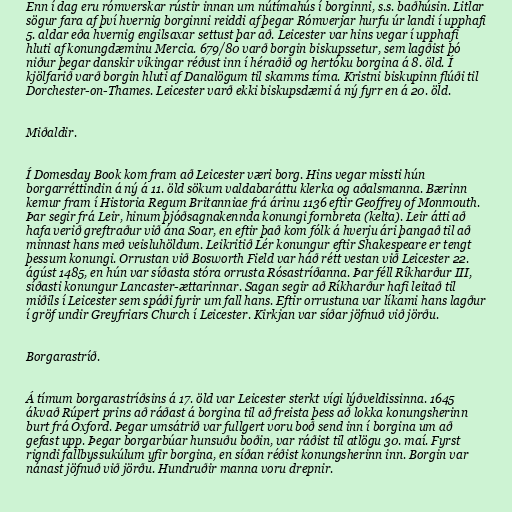
Enn í dag eru rómverskar rústir innan um nútímahús í borginni, s.s. baðhúsin. Litlar
sögur fara af því hvernig borginni reiddi af þegar Rómverjar hurfu úr landi í upphafi
5. aldar eða hvernig engilsaxar settust þar að. Leicester var hins vegar í upphafi
hluti af konungdæminu Mercia. 679/80 varð borgin biskupssetur, sem lagðist þó
niður þegar danskir víkingar réðust inn í héraðið og hertóku borgina á 8. öld. Í
kjölfarið varð borgin hluti af Danalögum til skamms tíma. Kristni biskupinn flúði til
Dorchester-on-Thames. Leicester varð ekki biskupsdæmi á ný fyrr en á 20. öld.

Miðaldir.

Í Domesday Book kom fram að Leicester væri borg. Hins vegar missti hún
borgarréttindin á ný á 11. öld sökum valdabaráttu klerka og aðalsmanna. Bærinn
kemur fram í Historia Regum Britanniae frá árinu 1136 eftir Geoffrey of Monmouth.
Þar segir frá Leir, hinum þjóðsagnakennda konungi fornbreta (kelta). Leir átti að
hafa verið greftraður við ána Soar, en eftir það kom fólk á hverju ári þangað til að
minnast hans með veisluhöldum. Leikritið Lér konungur eftir Shakespeare er tengt
þessum konungi. Orrustan við Bosworth Field var háð rétt vestan við Leicester 22.
ágúst 1485, en hún var síðasta stóra orrusta Rósastríðanna. Þar féll Ríkharður III,
síðasti konungur Lancaster-ættarinnar. Sagan segir að Ríkharður hafi leitað til
miðils í Leicester sem spáði fyrir um fall hans. Eftir orrustuna var líkami hans lagður
í gröf undir Greyfriars Church í Leicester. Kirkjan var síðar jöfnuð við jörðu.

Borgarastríð.

Á tímum borgarastríðsins á 17. öld var Leicester sterkt vígi lýðveldissinna. 1645
ákvað Rúpert prins að ráðast á borgina til að freista þess að lokka konungsherinn
burt frá Oxford. Þegar umsátrið var fullgert voru boð send inn í borgina um að
gefast upp. Þegar borgarbúar hunsuðu boðin, var ráðist til atlögu 30. maí. Fyrst
rigndi fallbyssukúlum yfir borgina, en síðan réðist konungsherinn inn. Borgin var
nánast jöfnuð við jörðu. Hundruðir manna voru drepnir.